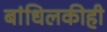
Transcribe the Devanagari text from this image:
बांधिलकीही